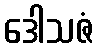
ဒေါသဇံ